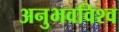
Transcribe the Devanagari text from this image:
अनुभवविश्‍व